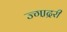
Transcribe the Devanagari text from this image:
ज्गा़द्ररी